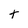
Character: t